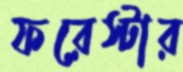
ফরেস্টার